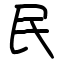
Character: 民